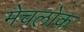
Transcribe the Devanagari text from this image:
मेचलोक